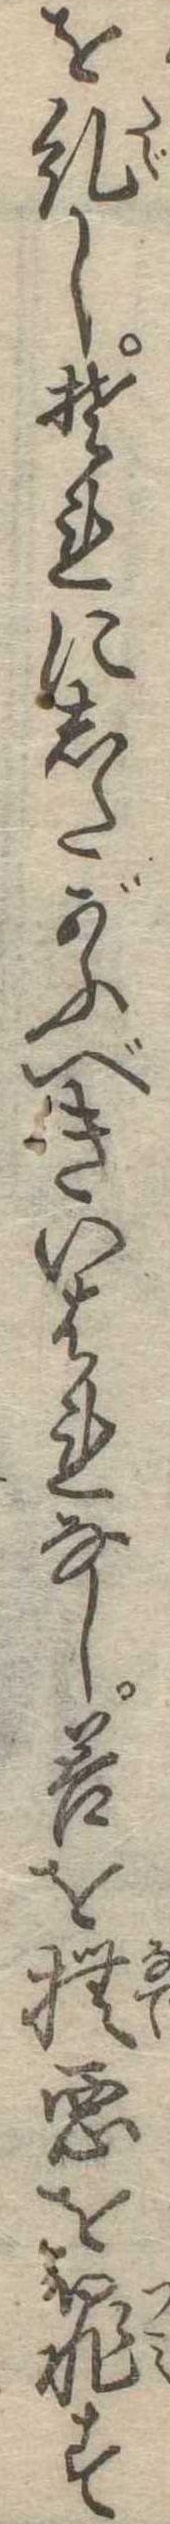
を糺しそれにしたがふべきいはれなし善を撫悪を罪す